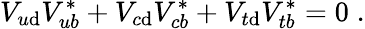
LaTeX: V_{u\mathrm{d}}V_{ub}^{*}+V_{c\mathrm{d}}V_{cb}^{*}+V_{t\mathrm{d}}V_{tb}^{*}=0\; .